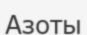
Азоты